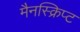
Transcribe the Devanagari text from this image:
मैनस्क्रिप्ट